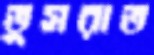
তুসরাত